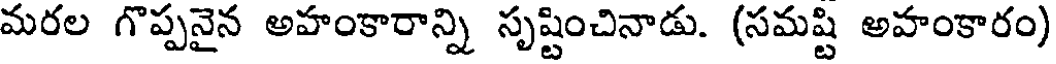
మరల గొప్పనైన అహంకారాన్ని సృష్టించినాడు. (సమష్టి అహంకారం)